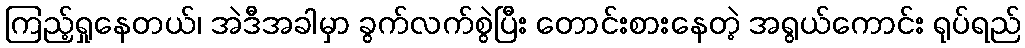
ကြည့်ရှုနေတယ်၊ အဲဒီအခါမှာ ခွက်လက်စွဲပြီး တောင်းစားနေတဲ့ အရွယ်ကောင်း ရုပ်ရည်